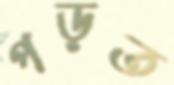
পড়ত